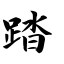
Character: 踏